Rasina_vallavalitsus, lk 13
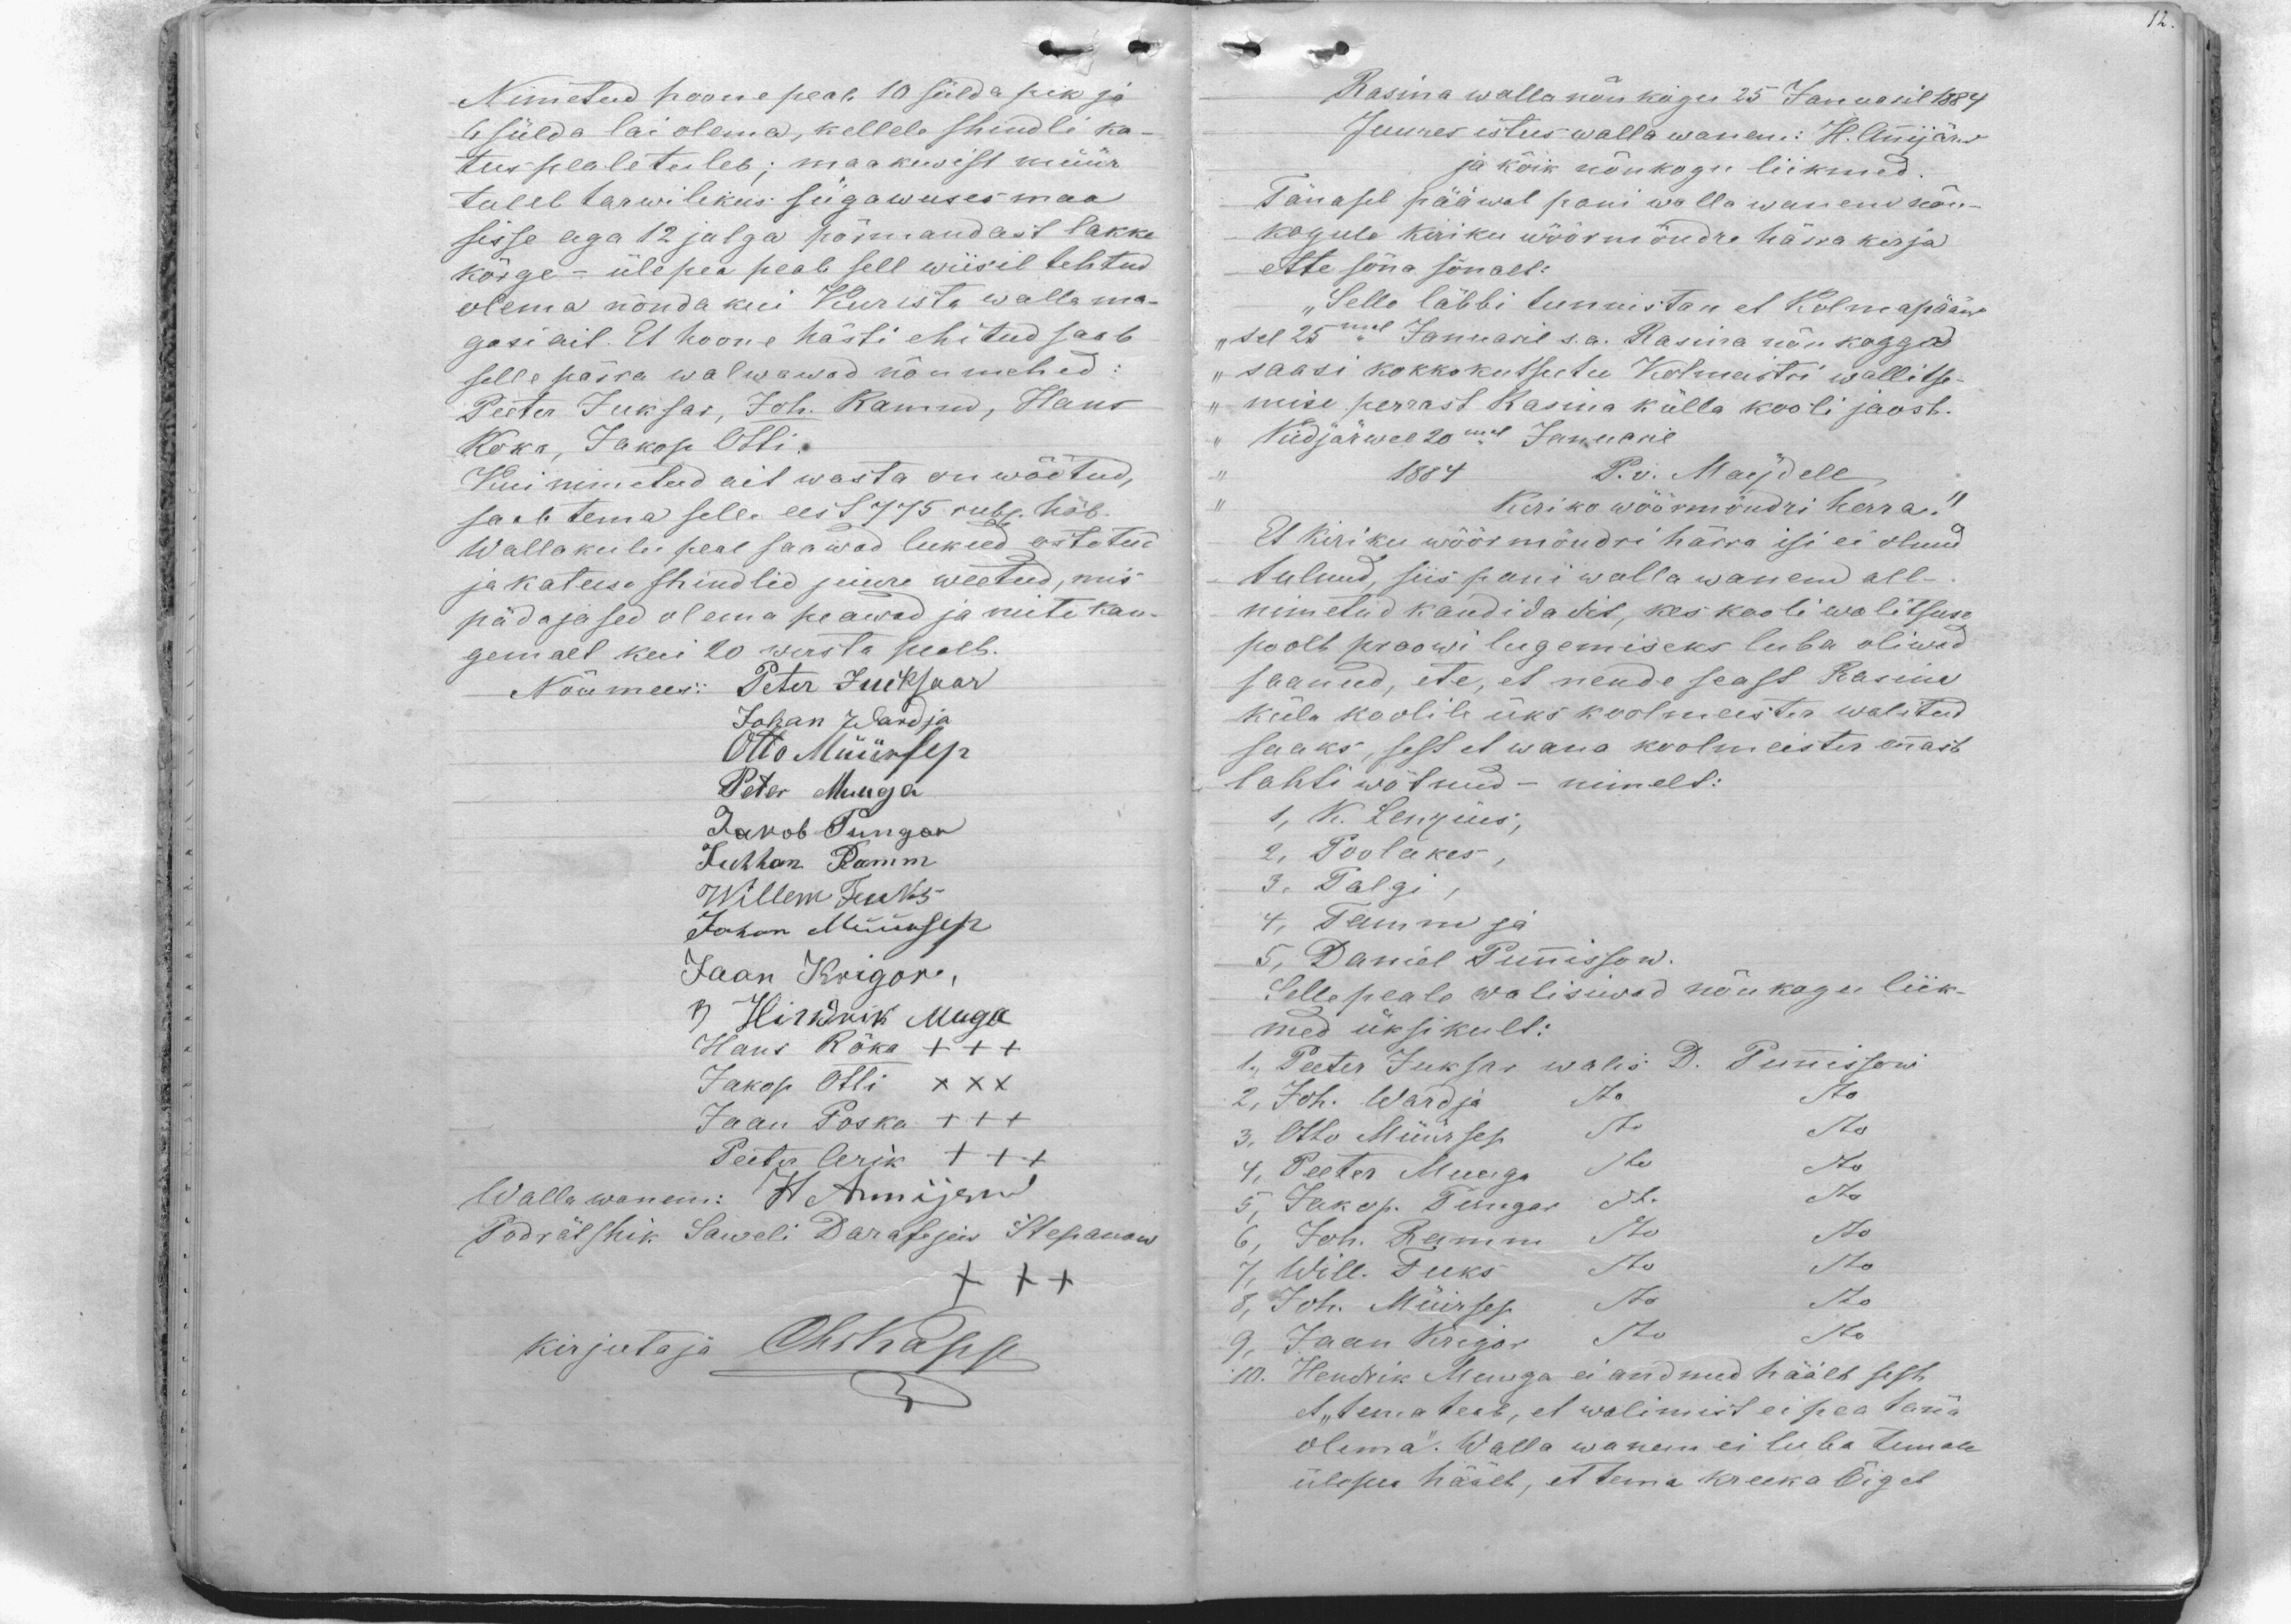
Nimetatud hoone peab 10 sülda pik ja
6 sülda lai olema, kellele shindli ka-
tus peale tuleb; maakiwist müür
tuleb tarwilikus sügawuses maa
sisse aga 12 jalga põrmandast lakke
kõrge - ülepea peab sell wiisil tehtud
olema nõnda kui Kurista walla ma-
gasi ait. Et hoone hästi ehitud saab
selle pärra walwawad nõumehed:
Peeter Juksar, Joh. Ramm, Hans
Koka, Jakop Otti.
Kui nimetud ait wasta on wõetud,
saab tema selle eest 775 rubl. hõb.
Walla kulu peal saawad lukud ostetud
ja katuse shindlid juure weetud, mis
pädajased olema peawad ja mite kau-
gemalt kui 20 wersta pealt.
Nõumees: Peter Jueksaar
Johan Wardja
Otto Müürsep
Peter Muuga
Jakob Pungov
Juhhan Ramm
Willem Fuks
Johan Müürsep
Jaan Krigor,
3 Hindrik Muga
Hans Rõka +++
Jakop Otti XXX
Jaan Poska +++
Peeter Arik +++
Wallawanem: H Annijerw
Podrätshik Saweli Darafejew Stepanow
XXX
kirjutaja ChrKapp

Rasina walla nõu kogu 25 Januaril 1884
Juures istus walla wanem: H. Annijärw
ja kõik nõukogu liikmed.
Tänasel pääwal pani walla wanem nõu-
kogule kiriku wöörmündre härra kirja
ette sõna sõnalt:
"Selle läbbi tunnistan et Kolmapääw
"sel 25mel Januaril s.a. Rasina nõukoggo
"saasi kokkokutsutu Kolmeistri wallitse-
„mise perrast Rasina külla kooli jaost.
"Kiidjärwel 20mel Januaril
1884
P. v. Maydell
Kiriko wöörmöndri herra.“
Et kiriku wöörmündri härra isi ei olnud
tulnud, siis pani walla wanem all-
nimetud kandidadit, kes kooli walitsuse
poolt proowi lugemiseks luba oliwad
saanud, ete, et nende seast Rasina
küla koolile üks koolmeister walitud
saaks, sest et wana koolmeister ennast
lahti wõtnud - nimelt:
1, K. Lenzius,
2, Poolakes,
3. Palgi
4, Tamm ja
5, Daniel Punnisson.
Selle peale walisiwad nõukogu liik-
med üksikult:
1., Peeter Juksar walis D. Punnissoni
2, Joh. Wardja do do
3. Otto Müürsep do do
4, Peeter Muuga do do
5, Jakop Pungar do do
6, Joh. Ramm do do
7. Will. Fuks do do
8, Joh. Müürsep, do do
9 Jaan Krigor do do
10. Hendrik Muuga ei andnud häält sest
et "tema teab, et walimist ei pea täna
olema". Walla wanem ei luba temale
ülepea häält, et tema kreeka Õiget